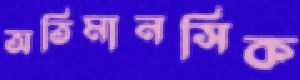
অতিমানসিক